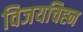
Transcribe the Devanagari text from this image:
विजयचिह्न